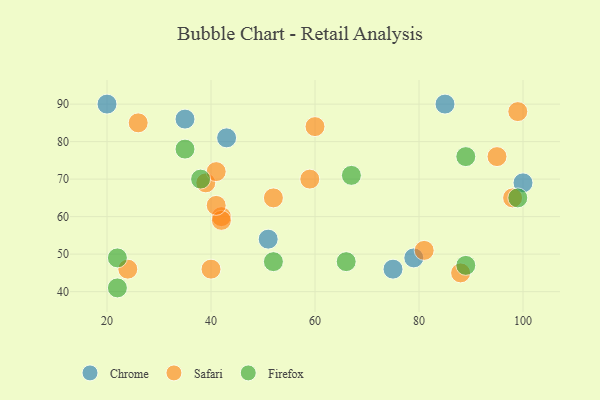
{"axis": {"x": "GDP", "y": "Life Expectancy"}, "legend": ["Chrome", "Firefox", "Safari"], "data": [{"x": "85", "y": 90, "type": "Chrome"}, {"x": "20", "y": 90, "type": "Chrome"}, {"x": "79", "y": 49, "type": "Chrome"}, {"x": "43", "y": 81, "type": "Chrome"}, {"x": "35", "y": 86, "type": "Chrome"}, {"x": "75", "y": 46, "type": "Chrome"}, {"x": "51", "y": 54, "type": "Chrome"}, {"x": "100", "y": 69, "type": "Chrome"}, {"x": "88", "y": 45, "type": "Safari"}, {"x": "95", "y": 76, "type": "Safari"}, {"x": "98", "y": 65, "type": "Safari"}, {"x": "42", "y": 60, "type": "Safari"}, {"x": "40", "y": 46, "type": "Safari"}, {"x": "42", "y": 59, "type": "Safari"}, {"x": "39", "y": 69, "type": "Safari"}, {"x": "81", "y": 51, "type": "Safari"}, {"x": "41", "y": 63, "type": "Safari"}, {"x": "60", "y": 84, "type": "Safari"}, {"x": "99", "y": 88, "type": "Safari"}, {"x": "59", "y": 70, "type": "Safari"}, {"x": "26", "y": 85, "type": "Safari"}, {"x": "41", "y": 72, "type": "Safari"}, {"x": "52", "y": 65, "type": "Safari"}, {"x": "24", "y": 46, "type": "Safari"}, {"x": "66", "y": 48, "type": "Firefox"}, {"x": "89", "y": 76, "type": "Firefox"}, {"x": "38", "y": 70, "type": "Firefox"}, {"x": "67", "y": 71, "type": "Firefox"}, {"x": "22", "y": 49, "type": "Firefox"}, {"x": "89", "y": 47, "type": "Firefox"}, {"x": "22", "y": 41, "type": "Firefox"}, {"x": "99", "y": 65, "type": "Firefox"}, {"x": "35", "y": 78, "type": "Firefox"}, {"x": "52", "y": 48, "type": "Firefox"}]}